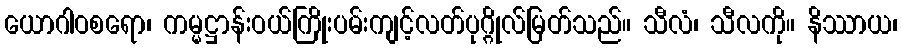
ယောဂါဝစရော၊ ကမ္မဋ္ဌာန်းဝယ်ကြိုးပမ်းကျင့်လတ်ပုဂ္ဂိုလ်မြတ်သည်။ သီလံ၊ သီလကို။ နိဿာယ၊